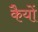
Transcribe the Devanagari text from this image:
कैयों